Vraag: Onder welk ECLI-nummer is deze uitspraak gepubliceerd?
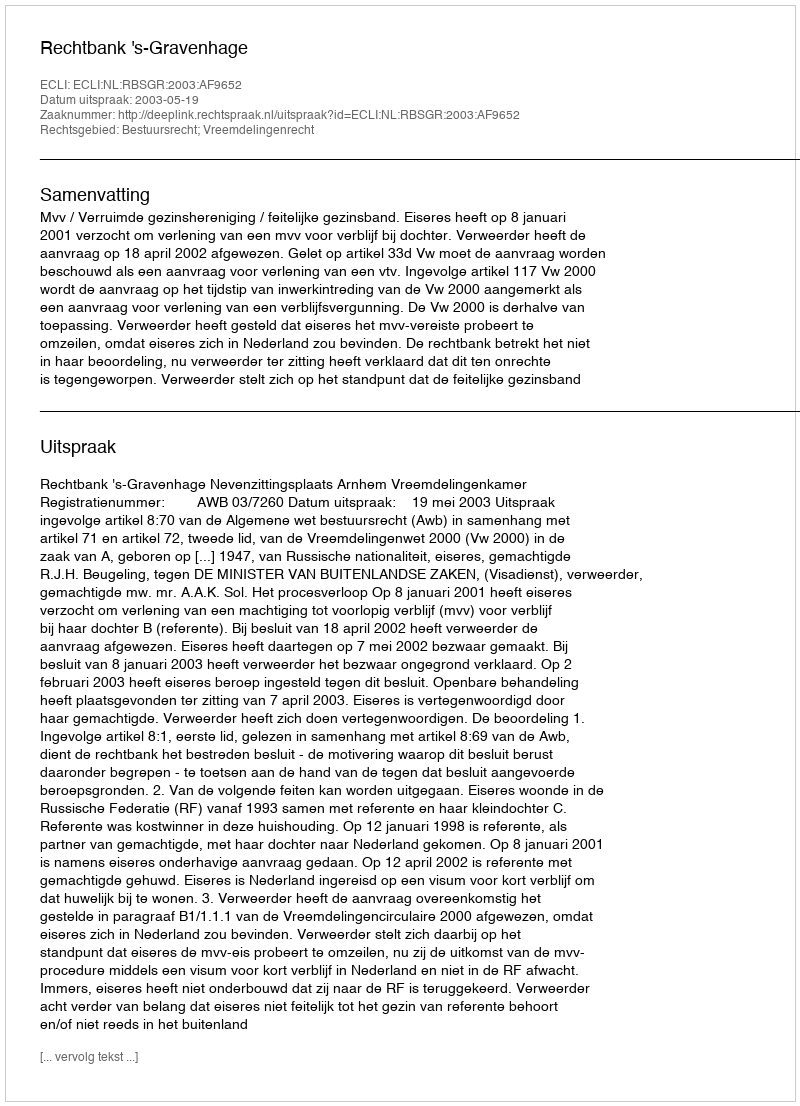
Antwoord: ECLI:NL:RBSGR:2003:AF9652